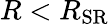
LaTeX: R<R_{\textrm{SR}}